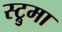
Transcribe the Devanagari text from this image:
स्ट्रुमा